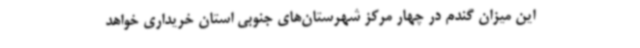
این میزان گندم در چهار مرکز شهرستان‌های جنوبی استان خریداری خواهد